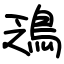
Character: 鴔